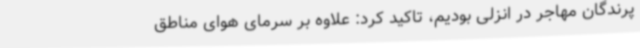
پرندگان مهاجر در انزلی بودیم، تاکید کرد: علاوه بر سرمای هوای مناطق